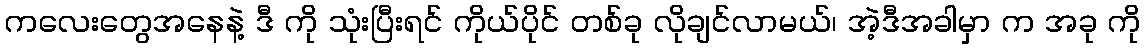
ကလေးတွေအနေနဲ့ ဒီ ကို သုံးပြီးရင် ကိုယ်ပိုင် တစ်ခု လိုချင်လာမယ်၊ အဲ့ဒီအခါမှာ က အခု ကို